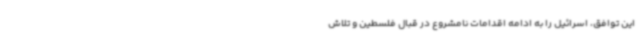
این توافق، اسرائیل را به ادامه اقدامات نامشروع در قبال فلسطین و تلاش